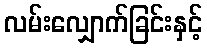
လမ်းလျှောက်ခြင်းနှင့်